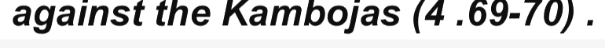
against the Kambojas (4 .69-70) .